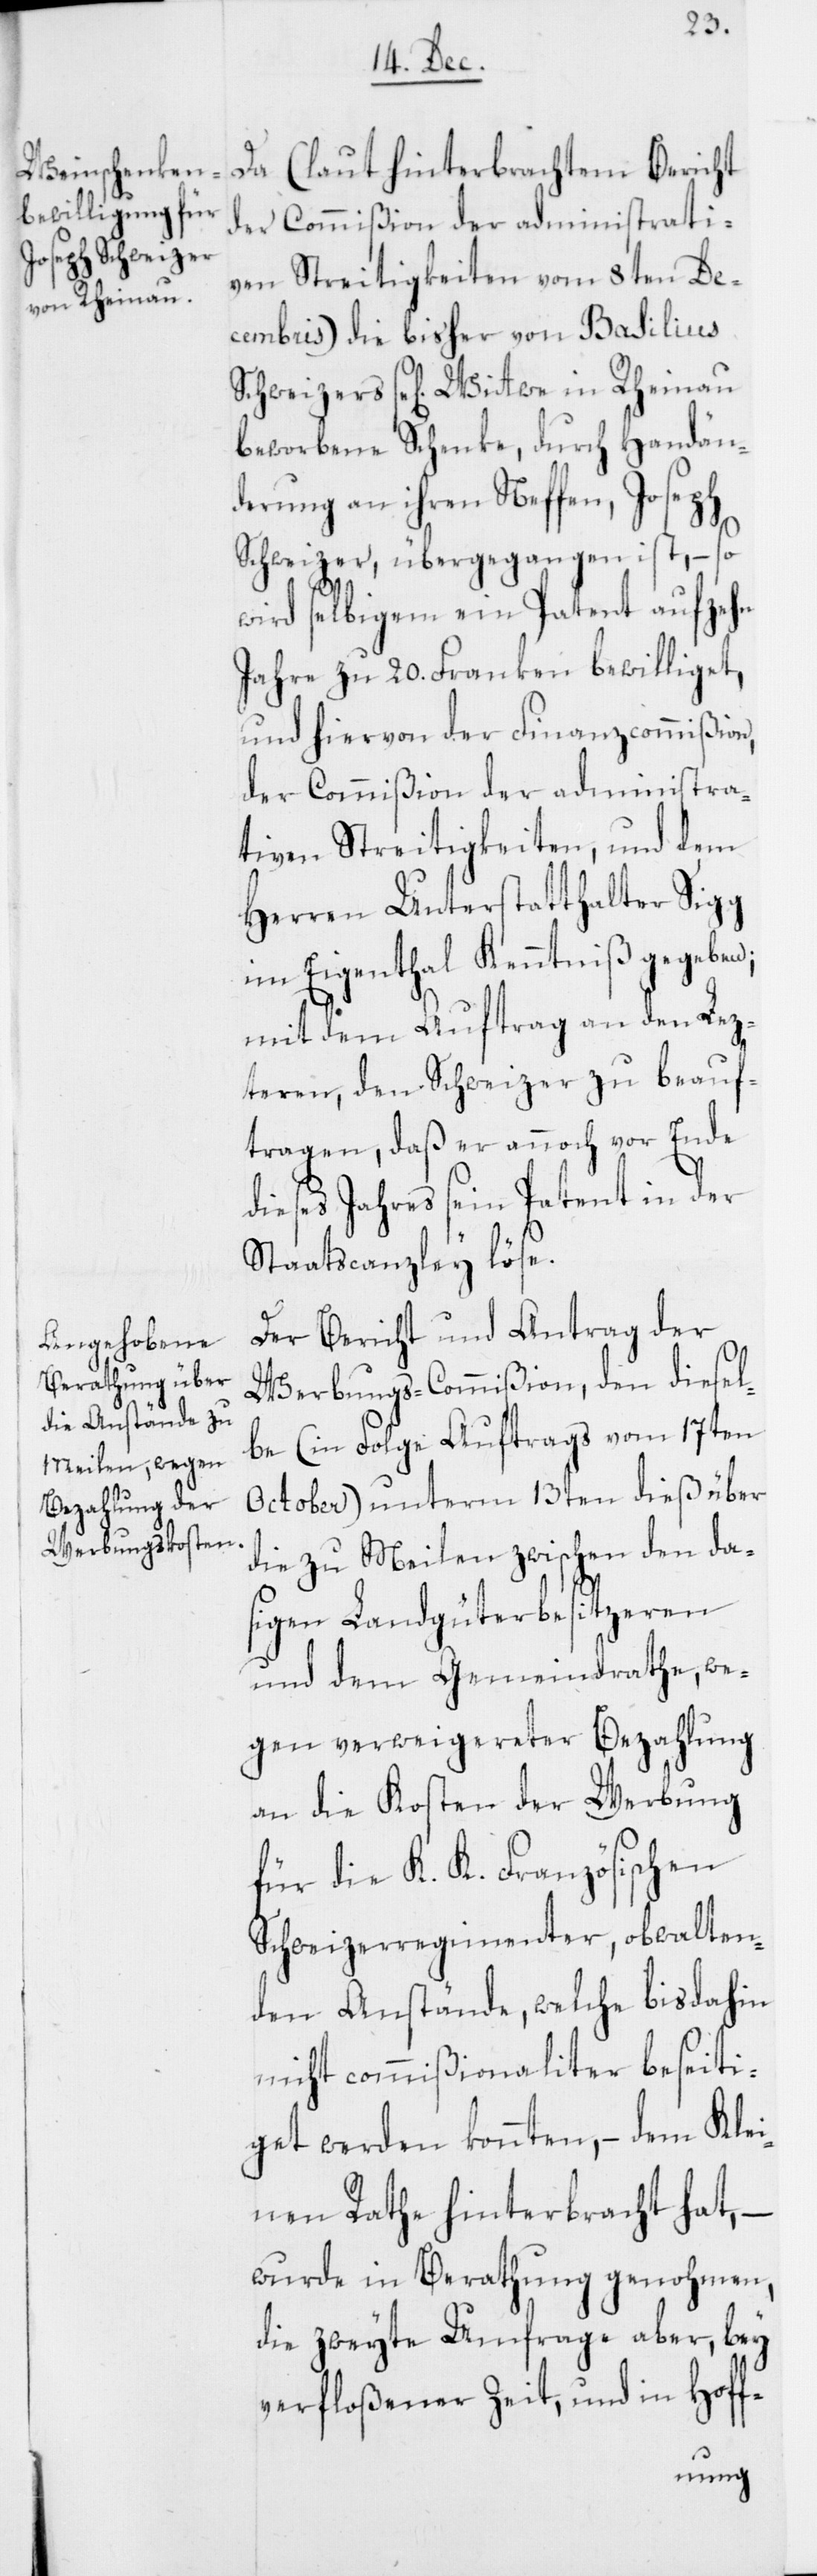
Da (laut hinterbrachtem Bericht
der Commißion der administrati¬
ven Streitigkeiten vom 8ten De¬
cembris) die bisher von Basilius
Schweizers se[lig] Witwe in Rheinau
beworbene Schenke, durch Handän¬
derung an ihren Neffen, Joseph
Schweizer, übergegangen ist, – so
wird selbigem ein Patent auf zehn
Jahre zu 20. Franken bewilliget,
und hiervon der Finanzcommißion,
der Commißion der administra¬
tiven Streitigkeiten, und dem
Herren Unterstatthalter Sigg
im Eigenthal Kenntniß gegeben;
mit dem Auftrag an den Lez¬
teren, den Schweizer zu beauf¬
tragen, daß er annoch vor Ende
dieses Jahres seyn Patent in der
Staatscanzley löse.
Der Bericht und Antrag der
Werbungs-Commißion, den diesel¬
be (in Folge Auftrags vom 17ten
October) unterm 13ten dieß über
die zu Meilen zwischen den da¬
sigen Landgüterbesitzeren
und dem Gemeindrathe, we¬
gen verweigereter Bezahlung
an die Kosten der Werbung
für die K. K. Französischen
Schweizerregimenter, obwalten¬
den Anstände, welche bis dahin
nicht commißionaliter beseiti¬
get werden konnten, – dem Kle¬
inen Rathe hinterbracht hat, –
wurde in Berathung genohmen,
die zweyte Umfrage aber, bey
verfloßener Zeit und in Hoff-